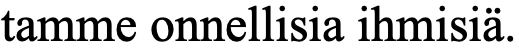
tamme onnellisia ihmisiä.